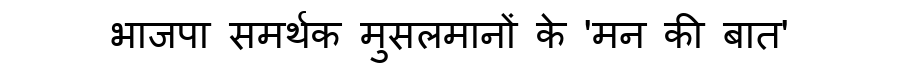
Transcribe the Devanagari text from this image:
भाजपा समर्थक मुसलमानों के 'मन की बात'